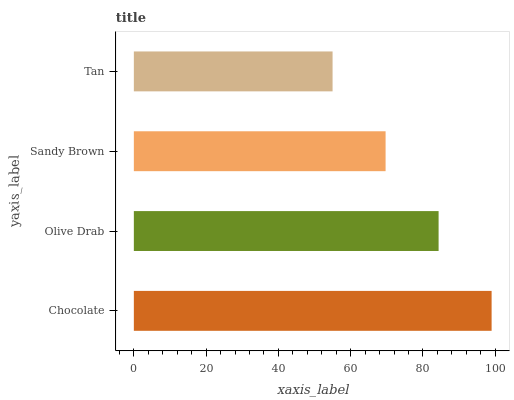
| yaxis_label | bars |
 | --- | --- |
 | Chocolate | 99 |
 | Olive Drab | 84.3 |
 | Sandy Brown | 69.7 |
 | Tan | 55 |